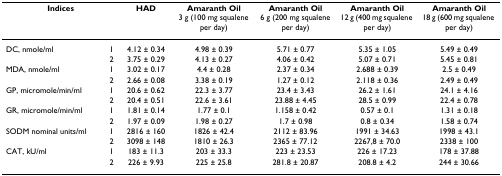
<table><thead><tr><td colspan="2"><b>Indices</b></td><td><b>HAD</b></td><td><b>Amaranth Oil 3 g (100 mg squalene per day)</b></td><td><b>Amaranth Oil 6 g (200 mg squalene per day)</b></td><td><b>Amaranth Oil 12 g (400 mg squalene per day)</b></td><td><b>Amaranth Oil 18 g (600 mg squalene per day)</b></td></tr></thead><tbody><tr><td>DC, nmole/ml</td><td>1</td><td>4.12 ± 0.34</td><td>4.98 ± 0.39</td><td>5.71 ± 0.77</td><td>5.35 ± 1.05</td><td>5.49 ± 0.49</td></tr><tr><td></td><td>2</td><td>3.75 ± 0.29</td><td>4.13 ± 0.27</td><td>4.06 ± 0.42</td><td>5.07 ± 0.71</td><td>5.45 ± 0.81</td></tr><tr><td>MDA, nmole/ml</td><td>1</td><td>3.02 ± 0.17</td><td>4.4 ± 0.28</td><td>2.37 ± 0.34</td><td>2.688 ± 0.39</td><td>2.5 ± 0.49</td></tr><tr><td></td><td>2</td><td>2.66 ± 0.08</td><td>3.38 ± 0.19</td><td>1.27 ± 0.12</td><td>2.118 ± 0.36</td><td>2.49 ± 0.49</td></tr><tr><td>GP, micromole/min/ml</td><td>1</td><td>20.6 ± 0.62</td><td>22.3 ± 3.77</td><td>23.4 ± 3.43</td><td>26.2 ± 1.61</td><td>24.1 ± 4.16</td></tr><tr><td></td><td>2</td><td>20.4 ± 0.51</td><td>22.6 ± 3.61</td><td>23.88 ± 4.45</td><td>28.5 ± 0.99</td><td>22.4 ± 0.78</td></tr><tr><td>GR, micromole/min/ml</td><td>1</td><td>1.81 ± 0.14</td><td>1.77 ± 0.1</td><td>1.158 ± 0.42</td><td>0.57 ± 0.1</td><td>1.31 ± 0.18</td></tr><tr><td></td><td>2</td><td>1.97 ± 0.09</td><td>1.98 ± 0.27</td><td>1.7 ± 0.98</td><td>0.8 ± 0.34</td><td>1.58 ± 0.74</td></tr><tr><td>SODM nominal units/ml</td><td>1</td><td>2816 ± 160</td><td>1826 ± 42.4</td><td>2112 ± 83.96</td><td>1991 ± 34.63</td><td>1998 ± 43.1</td></tr><tr><td></td><td>2</td><td>3098 ± 148</td><td>1810 ± 26.3</td><td>2365 ± 77.12</td><td>2267,8 ± 70.0</td><td>2338 ± 100</td></tr><tr><td>CAT, kU/ml</td><td>1</td><td>183 ± 11.3</td><td>203 ± 33.3</td><td>223 ± 23.53</td><td>226 ± 17.23</td><td>178 ± 37.88</td></tr><tr><td></td><td>2</td><td>226 ± 9.93</td><td>225 ± 25.8</td><td>281.8 ± 20.87</td><td>208.8 ± 4.2</td><td>244 ± 30.66</td></tr></tbody></table>